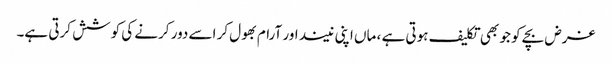
غرض بچے کو جو بھی تکلیف ہوتی ہے ، ماں اپنی نیند اور آرام بھول کر اسے دور کرنے کی کوشش کرتی ہے۔